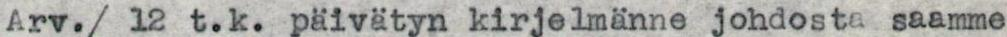
Arv./ 12 t.k. päivätyn kirjelmänne johdosta saamme